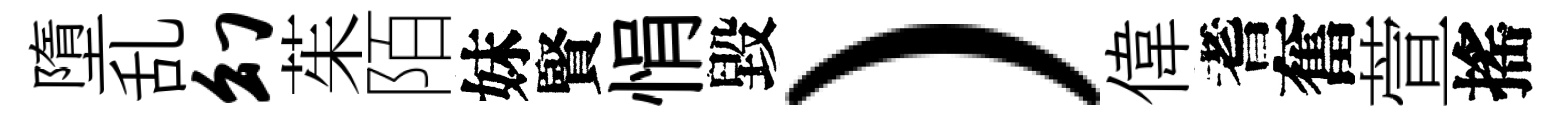
墮乱幻茱陌妹賢悁毀）偉耆奮萱搖